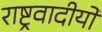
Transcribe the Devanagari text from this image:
राष्ट्रवादीयों